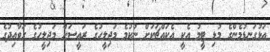
އަޅުގަނޑުމެންގެ މުޅި ޓީމު އެކީ އެކައްޗަކަށް ނުކުމެ މަޖިލީހުގެ ރައީސަށް މަޖިލީހުގެ ގަވާއިދުގެ